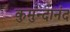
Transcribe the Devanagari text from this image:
कुमुन्दानंद